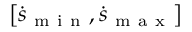
\left[ \dot { \boldsymbol { s } } _ { \mathrm { ~ m ~ i ~ n ~ } } , \dot { \boldsymbol { s } } _ { \mathrm { ~ m ~ a ~ x ~ } } \right]